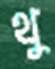
থু